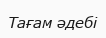
Тағам әдебі